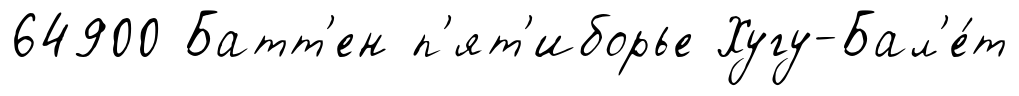
64900 Батт'ен п'ят'иборье Хугу-Бал'е́т